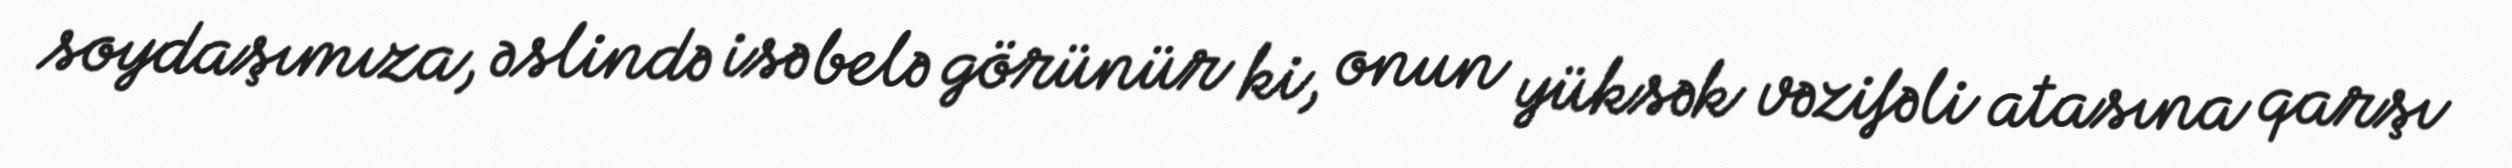
soydaşımıza, əslində isə belə görünür ki, onun yüksək vəzifəli atasına qarşı